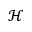
\mathcal { H }